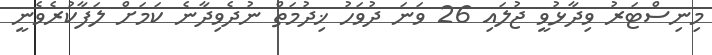
މިނިސްޓަރު ވިދާޅުވީ ޖުލައި 26 ވަނަ ދުވަހު ޚިދުމަތް ނުދެވިދާނެ ކަމަށް ލަފާކުރެވެނީ